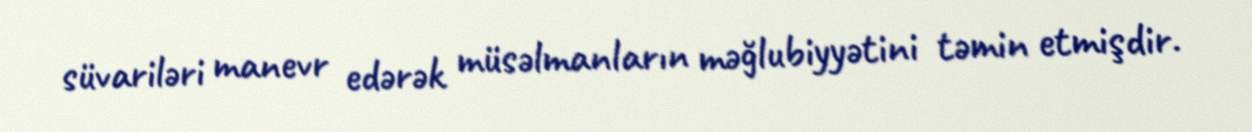
süvariləri manevr edərək müsəlmanların məğlubiyyətini təmin etmişdir.